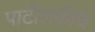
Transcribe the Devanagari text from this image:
पाटीलकीचे